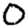
Digit: 0